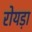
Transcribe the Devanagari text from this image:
रोयड़ा